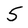
Character: 5